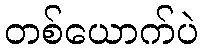
တစ်ယောက်ပဲ